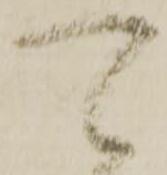
可